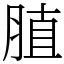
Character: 䐈